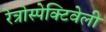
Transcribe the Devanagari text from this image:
रेत्रोस्पेक्टिवेली